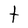
Character: t